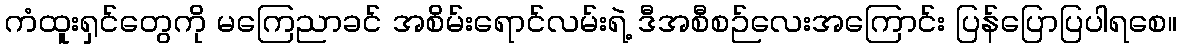
ကံထူးရှင်တွေကို မကြေညာခင် အစိမ်းရောင်လမ်းရဲ့ ဒီအစီစဉ်လေးအကြောင်း ပြန်ပြောပြပါရစေ။